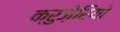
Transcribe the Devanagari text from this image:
क्रुज़ेरियो